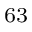
^ { 6 3 }